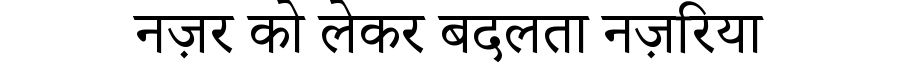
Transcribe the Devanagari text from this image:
नज़र को लेकर बदलता नज़रिया